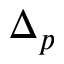
\Delta _ { p }